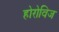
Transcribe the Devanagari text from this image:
होरोविज